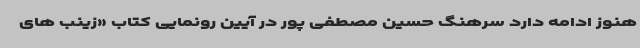
هنوز ادامه دارد سرهنگ حسین مصطفی پور در آیین رونمایی کتاب «زینب های